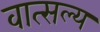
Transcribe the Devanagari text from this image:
वात्‍सल्‍य